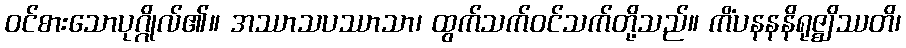
ဝင်စားသောပုဂ္ဂိုလ်၏။ အဿာသပဿာသာ၊ ထွက်သက်ဝင်သက်တို့သည်။ ကိံပနနနိရုဇ္ဈိဿတိ၊